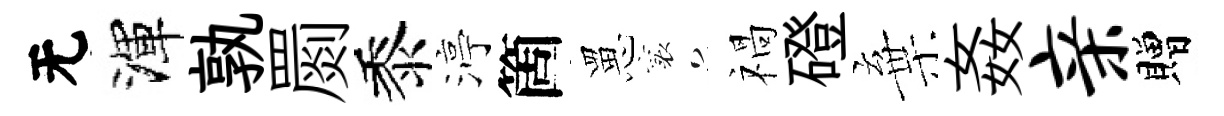
无渾孰罽黍渟箇罳襄禍磴棄姦亲贈